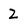
Character: 2